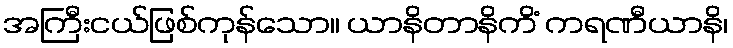
အကြီးငယ်ဖြစ်ကုန်သော။ ယာနိတာနိကိံ ကရဏီယာနိ၊